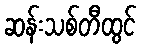
ဆန်းသစ်တီထွင်